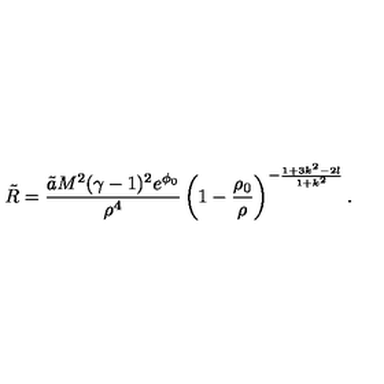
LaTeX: \tilde { R } = \frac { \tilde { a } M ^ { 2 } ( \gamma - 1 ) ^ { 2 } e ^ { \phi _ { 0 } } } { \rho ^ { 4 } } \left( 1 - \frac { \rho _ { 0 } } { \rho } \right) ^ { - \frac { 1 + 3 k ^ { 2 } - 2 l } { 1 + k ^ { 2 } } } .